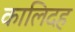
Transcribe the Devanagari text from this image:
कालिदह